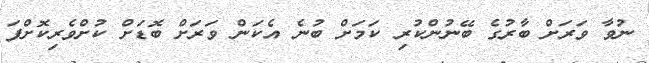
ނުވާ ވަރަށް ބާރުގެ ބޭނުންކުރި ކަމަށް ބުނެ އެކަން ވަރަށް ބޮޑަށް ކުށްވެރިކޮށްފަ